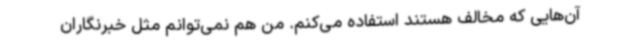
آن‌هایی که مخالف هستند استفاده می‌کنم. من هم نمی‌توانم مثل خبرنگاران